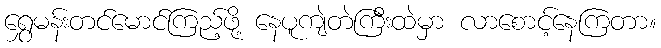
ရွှေမန်းတင်မောင်ကြည့်ဖို့ နေပူကျဲတဲကြီးထဲမှာ လာစောင့်နေကြတာ။